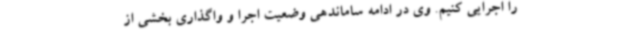
را اجرایی کنیم. وی در ادامه ساماندهی وضعیت اجرا و واگذاری بخشی از